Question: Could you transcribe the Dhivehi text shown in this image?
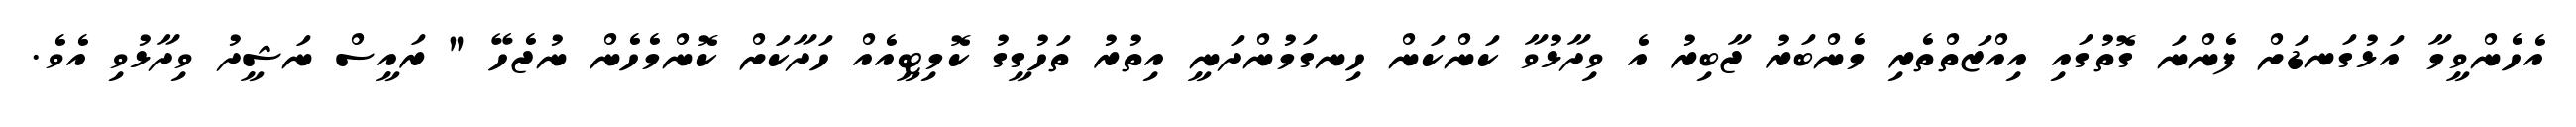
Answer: އެހެންވީމާ އަޅުގަނޑަށް ފެންނަ ގޮތުގައި އިއްޒަތްތެރި މެންބަރު ޖާބިރު އެ ވިދާޅުވާ ކަންކަން ހިނގަމުންދަނީ އިތުރު ތަހުގީގު ކޮމިޓީއެއް ހަދާކަށް ކޮންމެހެން ނުޖެހޭ " ރައީސް ނަޝީދު ވިދާޅުވި އެވެ.